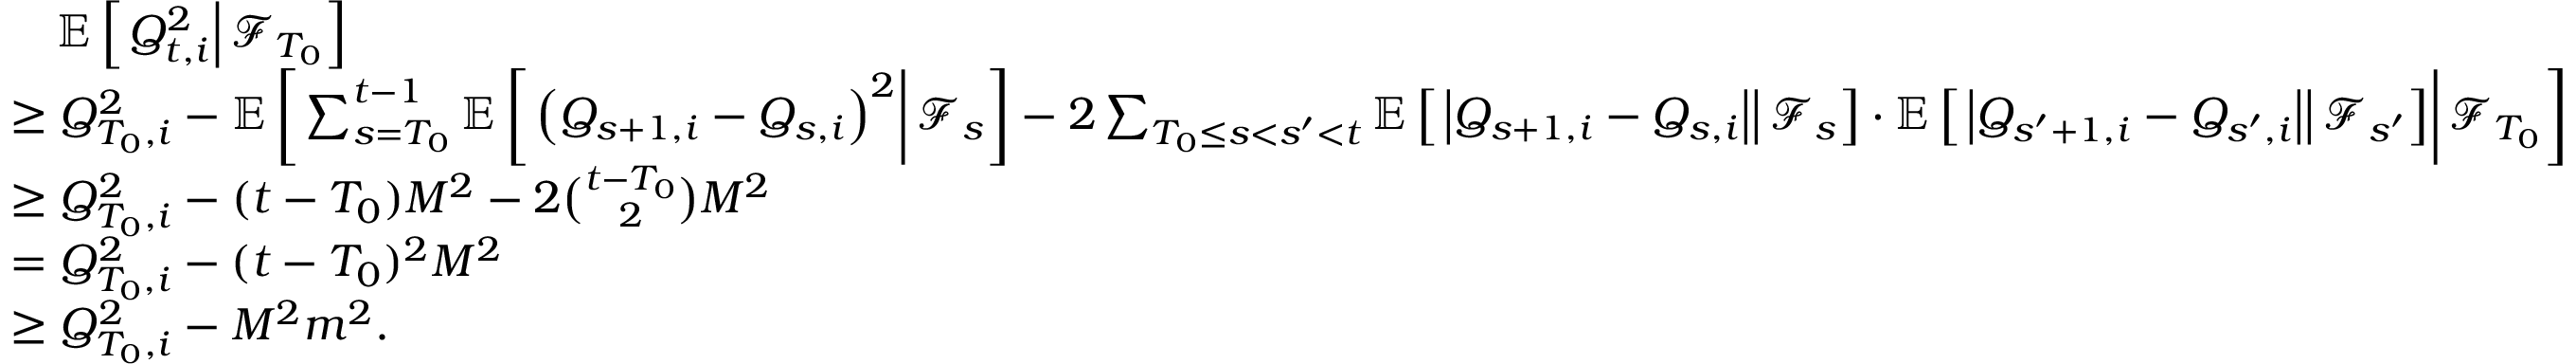
\begin{array} { r l } & { \quad \mathbb E \left[ \left. Q _ { t , i } ^ { 2 } \right\rvert \mathcal F _ { T _ { 0 } } \right] } \\ & { \ge Q _ { T _ { 0 } , i } ^ { 2 } - \mathbb E \left[ \left. \sum _ { s = T _ { 0 } } ^ { t - 1 } \mathbb E \left[ \left. \left( Q _ { s + 1 , i } - Q _ { s , i } \right) ^ { 2 } \right\rvert \mathcal F _ { s } \right] - 2 \sum _ { T _ { 0 } \le s < s ^ { \prime } < t } \mathbb E \left[ \left. \left\lvert Q _ { s + 1 , i } - Q _ { s , i } \right\rvert \right\rvert \mathcal F _ { s } \right] \cdot \mathbb E \left[ \left. \left\lvert Q _ { s ^ { \prime } + 1 , i } - Q _ { s ^ { \prime } , i } \right\rvert \right\rvert \mathcal F _ { s ^ { \prime } } \right] \right\rvert \mathcal F _ { T _ { 0 } } \right] } \\ & { \ge Q _ { T _ { 0 } , i } ^ { 2 } - ( t - T _ { 0 } ) M ^ { 2 } - 2 \binom { t - T _ { 0 } } { 2 } M ^ { 2 } } \\ & { = Q _ { T _ { 0 } , i } ^ { 2 } - ( t - T _ { 0 } ) ^ { 2 } M ^ { 2 } } \\ & { \ge Q _ { T _ { 0 } , i } ^ { 2 } - M ^ { 2 } m ^ { 2 } . } \end{array}